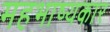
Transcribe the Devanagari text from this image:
महभाष्यकार